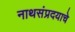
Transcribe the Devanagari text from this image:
नाथसंप्रदयाचे